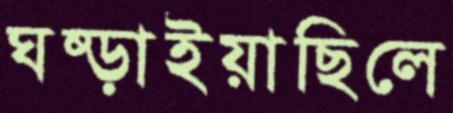
ঘষ্‌ড়াইয়াছিলে